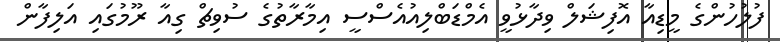
ފުލުހުންގެ މީޑިއާ އޮފިޝަލް ވިދާޅުވީ އެމްޑަބްލިއުއެސްސީ އިމާރާތުގެ ސުވިޗް ގިއާ ރޫމުގައި އަލިފާން